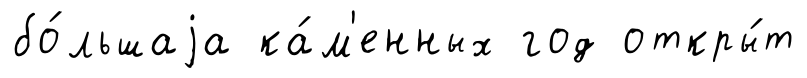
бо́льшаjа ка́м'енных год откры́т